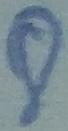
Text: 8